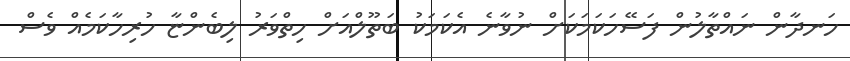
ހަނދާން ނައްތާލުން ފަސޭހަކަމަކަށް ނުވާނެ އެކަމަކު ބަތޫލްއަށް ހިތްވަރު ލިބެންޏާ ހުރިހާކަމެއް ވެސް